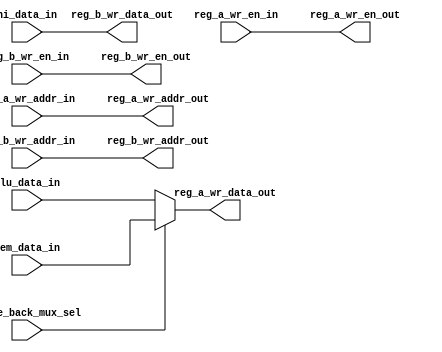
module write_back
#(
   parameter DATA_WIDTH = 32,
   parameter REG_ADDR_WIDTH = 5
 )
(
   input [DATA_WIDTH-1:0] mem_data_in,
   input [DATA_WIDTH-1:0] alu_data_in,
   input [DATA_WIDTH-1:0] hi_data_in,
//   input reg_wr_en_in,
//   input [REG_ADDR_WIDTH-1:0] reg_wr_addr_in,
   input [REG_ADDR_WIDTH-1:0] reg_a_wr_addr_in,
   input [REG_ADDR_WIDTH-1:0] reg_b_wr_addr_in,
   input reg_a_wr_en_in,
   input reg_b_wr_en_in,
   input write_back_mux_sel,

   output [REG_ADDR_WIDTH-1:0] reg_a_wr_addr_out,
   output [REG_ADDR_WIDTH-1:0] reg_b_wr_addr_out,
   output [DATA_WIDTH-1:0] reg_a_wr_data_out,
   output [DATA_WIDTH-1:0] reg_b_wr_data_out,
   output reg_a_wr_en_out,
   output reg_b_wr_en_out
);

//verificar se vai extender o sinal apenas de uma forma

assign reg_a_wr_data_out = write_back_mux_sel?mem_data_in:alu_data_in;
assign reg_b_wr_data_out = hi_data_in;
assign reg_a_wr_en_out = reg_a_wr_en_in;
assign reg_b_wr_en_out = reg_b_wr_en_in;
assign reg_a_wr_addr_out = reg_a_wr_addr_in;
assign reg_b_wr_addr_out = reg_b_wr_addr_in;

endmodule